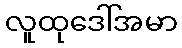
လူထုဒေါ်အမာ